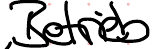
Betrieb